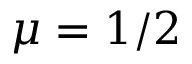
\mu = 1 / 2